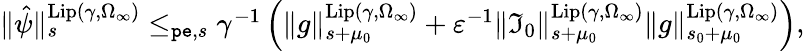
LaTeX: \begin{array}{r}{\rVert\hat{\psi}\rVert_{s}^{\mathrm{Lip}(\gamma,\Omega_{\infty})}\le_{\mathtt{pe},s}\gamma^{-1}\left(\rVert g\rVert_{s+\mu_{0}}^{\mathrm{Lip}(\gamma,\Omega_{\infty})}+\varepsilon^{-1}\rVert\mathfrak{I}_{0}\rVert_{s+\mu_{0}}^{\mathrm{Lip}(\gamma,\Omega_{\infty})}\rVert g\rVert_{s_{0}+\mu_{0}}^{\mathrm{Lip}(\gamma,\Omega_{\infty})}\right),}\end{array}